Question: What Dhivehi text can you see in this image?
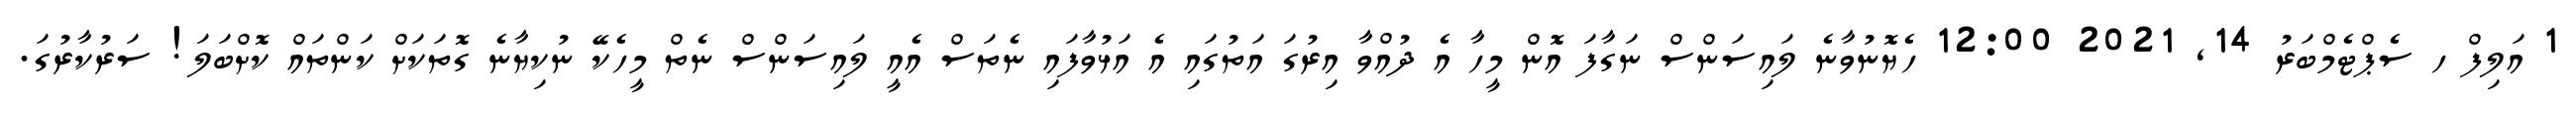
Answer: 1 އަލިފް ހ ސެޕްޓެމްބަރު 14, 2021 12:00 ހެޔޮނުވާނެ ލައިސަންސް ނަގާފަ އޮން މީހާ އެ ދުއްވާ އިރުގަ އަތުގައި އެ އަޅުވާފައި ނެތަސް އެއީ ލައިސަންސް ނެތް މީހެކޭ ނުކިޔާނެ ގޮތަކަށް ކަންތައް ކޮށްބަލަ! ސަރުކާރުގަ.